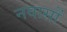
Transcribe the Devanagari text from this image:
नवासों